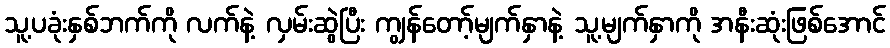
သူ့ပခုံးနှစ်ဘက်ကို လက်နဲ့ လှမ်းဆွဲပြီး ကျွန်တော့်မျက်နှာနဲ့ သူ့မျက်နှာကို အနီးဆုံးဖြစ်အောင်